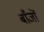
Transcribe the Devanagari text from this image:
बाँजों